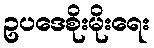
ဥပဒေစိုးမိုးရေး